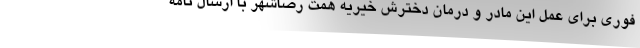
فوری برای عمل این مادر و درمان دخترش خیریه همت رضاشهر با ارسال نامه